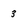
Character: 3